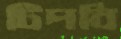
টিপবি